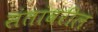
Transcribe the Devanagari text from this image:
संतांवरील